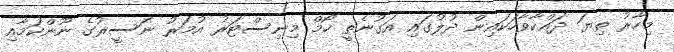
މިހާރު ތިޔަ ދައްކާވާހަކައިން ދުލުގައި އަގުނެތީ ހޯމް މިނިސްޓަރު އުމަރު ނަސީރުގެ ނޫންކަމާއި